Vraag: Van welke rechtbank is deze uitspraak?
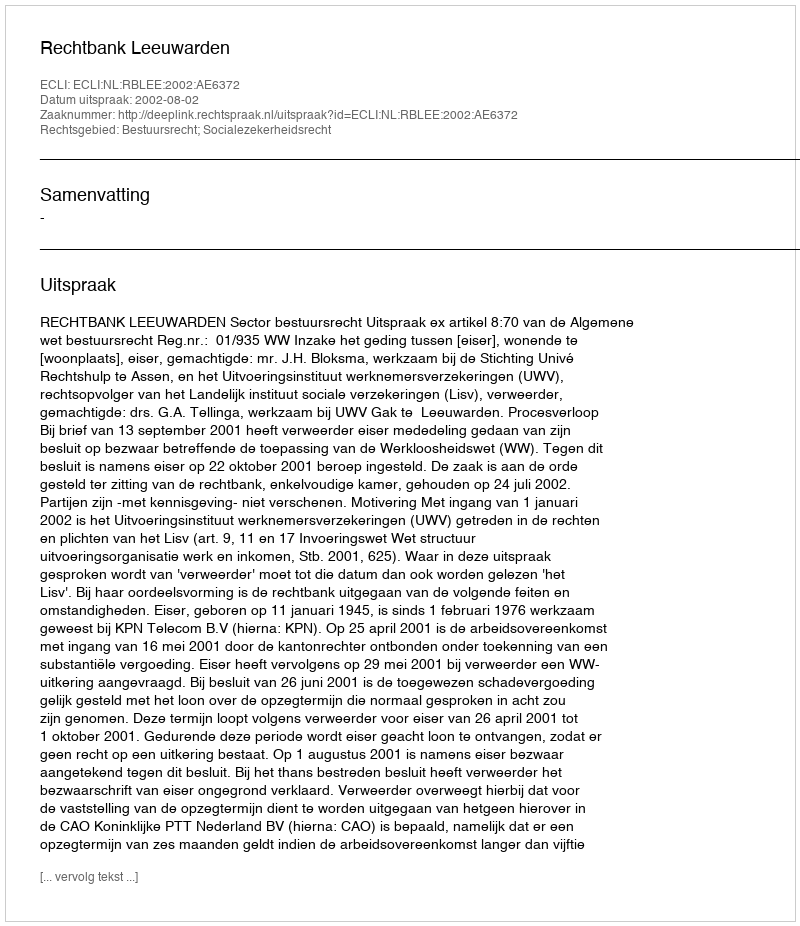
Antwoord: Rechtbank Leeuwarden